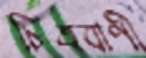
চিত্রবাণী